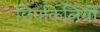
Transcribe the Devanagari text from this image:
छिपकिलियों